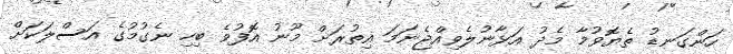
ހަންގަނޑު ތެޔޮވުމާ މެދު އަޅާނުލެވިއްޖެނަމަ އިތުރަށް މޫނު އޮފުވެ ބިހި ނެގުމުގެ އަސްލަކަށް